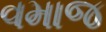
વમાજ